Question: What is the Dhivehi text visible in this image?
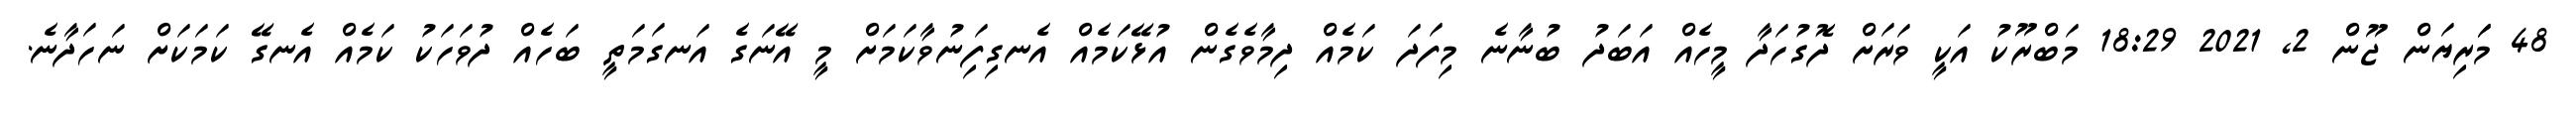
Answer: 48 މަަރިޔަން ޖޫން 2, 2021 18:29 މަބްރޫކު އަކީ ވަރަށް ދޮގުހަދާ މީހެއް އަބަދު ބުނާނެ މިފަދަ ކަމެއް ދިމާވެގެން އުޅޭކަމެއް އެނގިފަިނުވާކަމަށް މީ އޭނަގެ އަނގަމަތީ ބަހެއް ދުވަހަކު ކަމެއް އެނގޭ ކަމަކަށް ނަހަދާނެ.